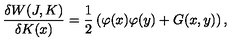
\frac { \delta W ( J , K ) } { \delta K ( x ) } = \frac { 1 } { 2 } \left( \varphi ( x ) \varphi ( y ) + G ( x , y ) \right) ,